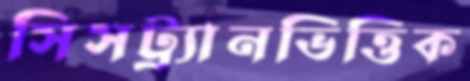
সিসট্র্যানভিত্তিক